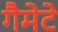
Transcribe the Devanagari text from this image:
गैमेटे